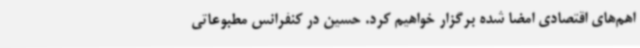
اهم‌های اقتصادی امضا شده برگزار خواهیم کرد. حسین در کنفرانس مطبوعاتی